Civil Veterinary Department. United Provinces 1923-31 - 1923-1931
Year: 1923
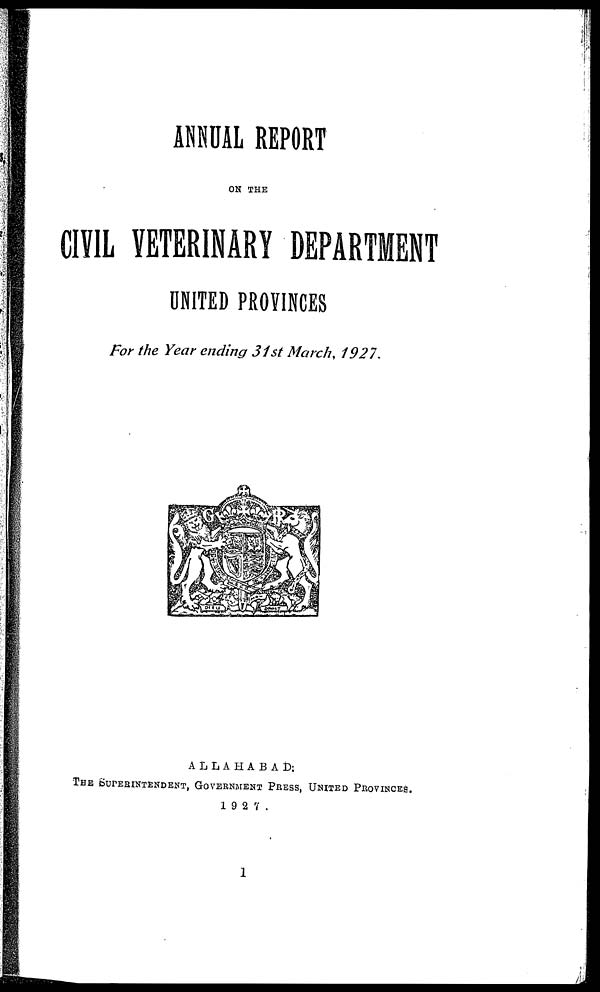
ANNUAL REPORT
ON THE
CIVIL VETERINARY DEPARTMENT
UNITED PROVINCES
For the Year ending 31st March, 1927.
ALLAHABAD:
THE SUPERINTENDENT, GOVERNMENT PRESS, UNITED PROVINCES.
1927.
1